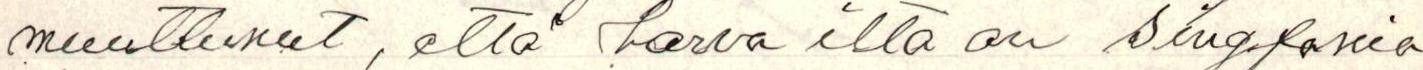
muuttuneet, että harva ilta on singfonia